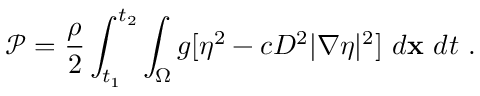
\mathcal { P } = \frac { \rho } { 2 } \int _ { t _ { 1 } } ^ { t _ { 2 } } \int _ { \Omega } g [ \eta ^ { 2 } - c D ^ { 2 } | \nabla \eta | ^ { 2 } ] ~ d \mathbf { x } ~ d t \ .